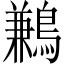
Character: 鶼